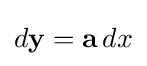
d\mathbf {y} =\mathbf {a} \,dx